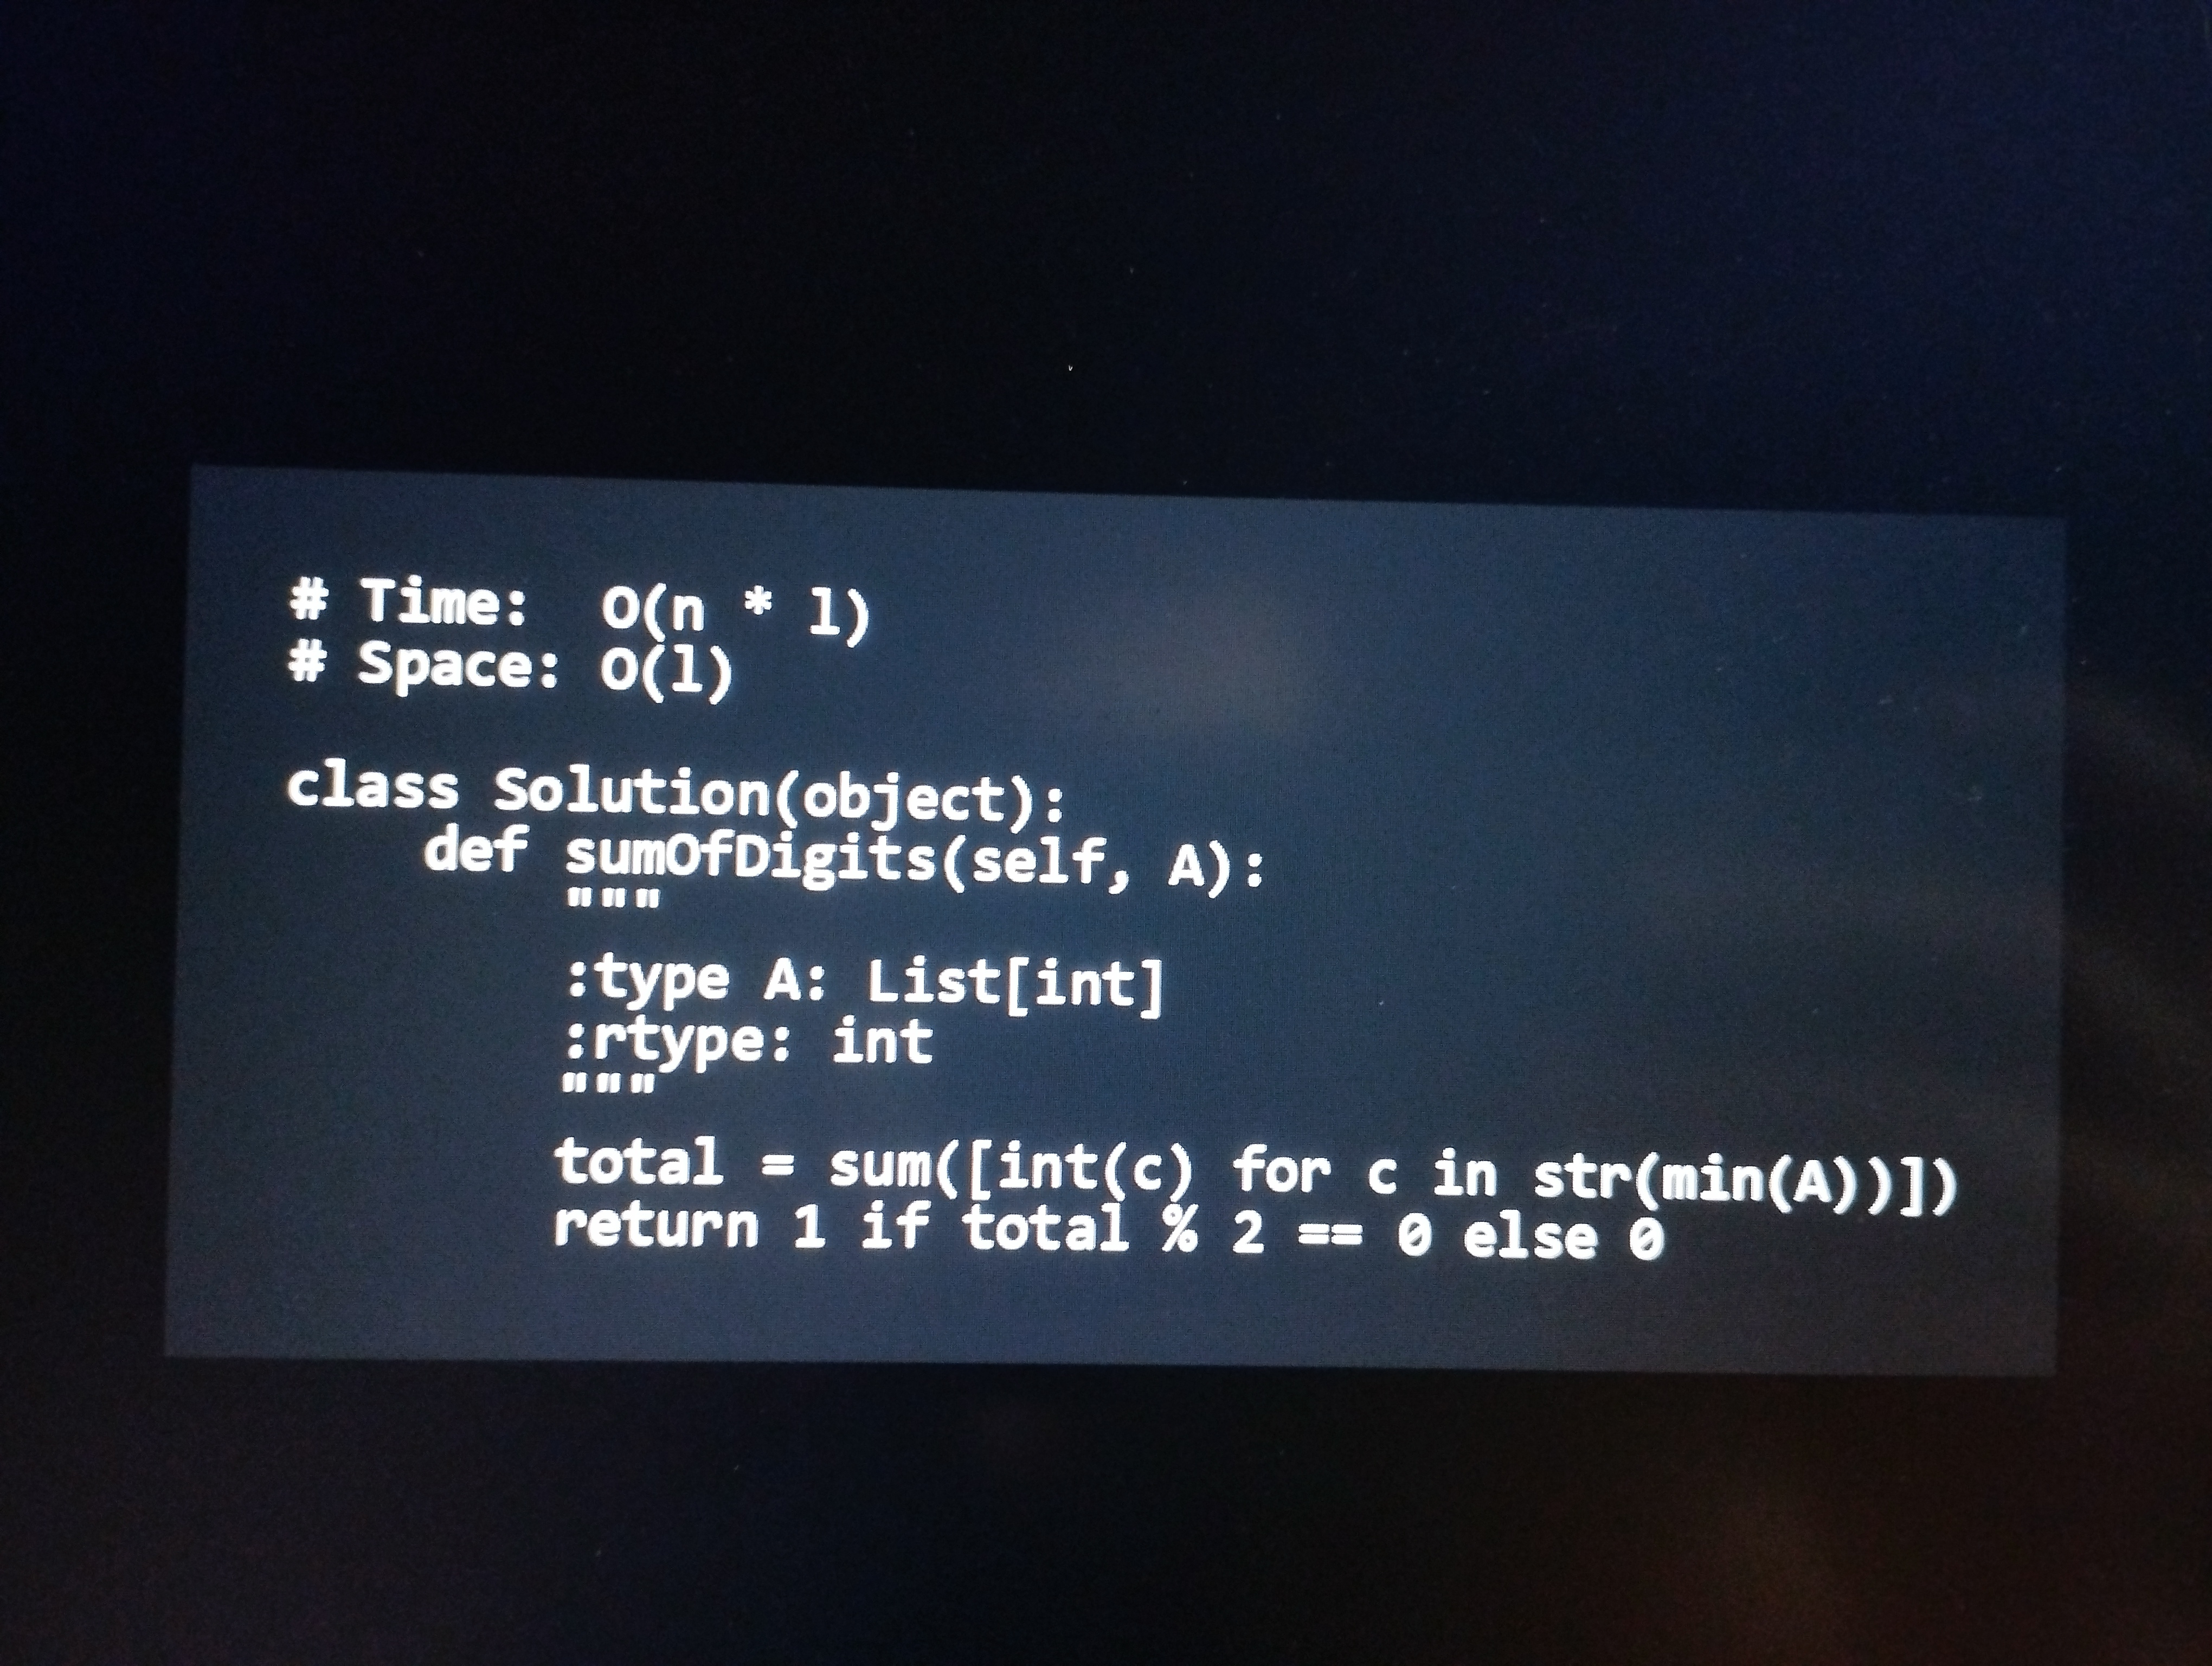
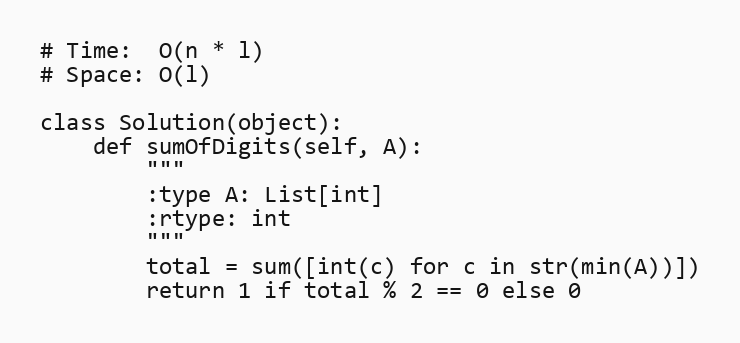
# Time:  O(n * l)
# Space: O(l)

class Solution(object):
    def sumOfDigits(self, A):
        """
        :type A: List[int]
        :rtype: int
        """
        total = sum([int(c) for c in str(min(A))])
        return 1 if total % 2 == 0 else 0